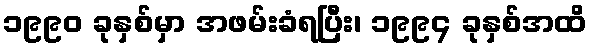
၁၉၉၀ ခုနှစ်မှာ အဖမ်းခံရပြီး၊ ၁၉၉၄ ခုနှစ်အထိ